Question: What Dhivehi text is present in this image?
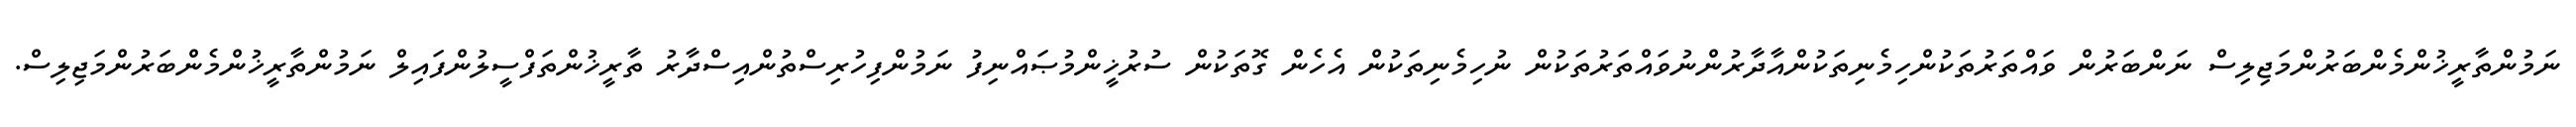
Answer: ނަމުންތާރީޚުންމެންބަރުންމަޖިލިސް ނަންބަރުން ވައްތަރުތަކުންހިމެނިތަކުންއާދާރުންނުވައްތަރުތަކުން ނުހިމެނިތަކުން އެހެން ގޮތަކުން ސުރުޚީންމުޞައްނިފު ނަމުންފިހުރިސްތުންއިސްދާރު ތާރީޚުންތަފްސީލުންފައިލް ނަމުންތާރީޚުންމެންބަރުންމަޖިލިސް.